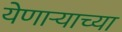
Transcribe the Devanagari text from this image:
येणार्‍याच्या